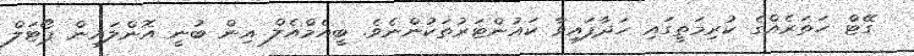
ގޭޓް ހަތަރެއްގެ ކުރިމަތީގައި ހަދާފައިވާ ކައުންޓަރުތަކުންނެވެ. ބީއެމްއެލް އިން ބުނީ އޮންލައިން ޕޯޓަލް